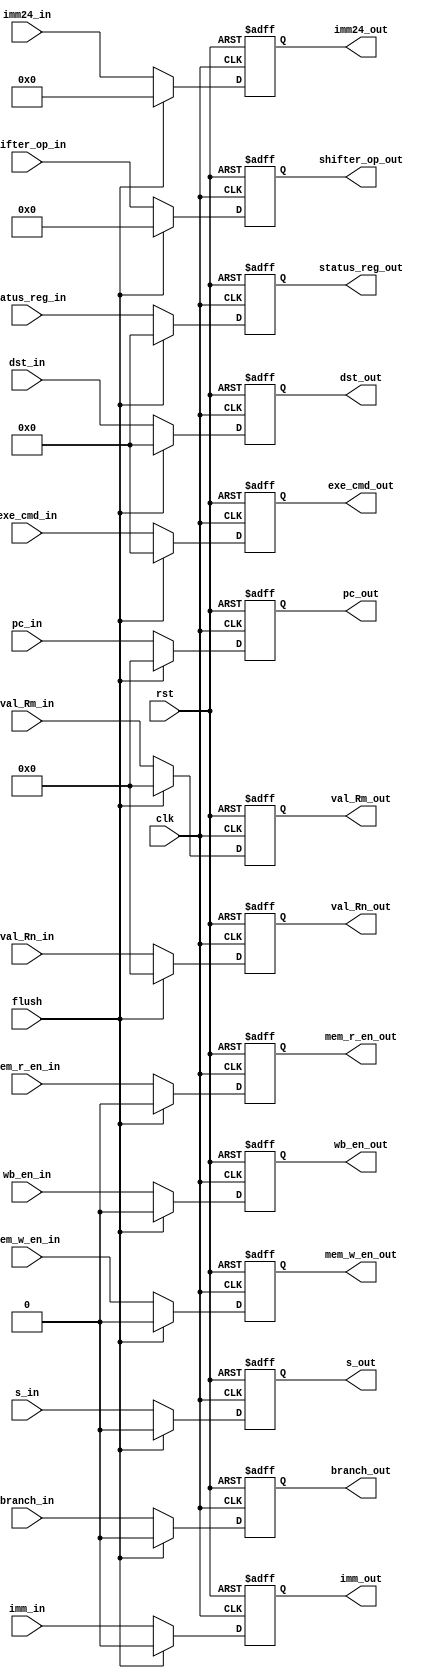
module ID_EXE_Reg(input clk, input rst,input flush,
input wb_en_in,input mem_r_en_in,input mem_w_en_in,input branch_in,input s_in,
input [3:0] exe_cmd_in,input [31:0]val_Rn_in,input [31:0]val_Rm_in,
input [31:0] pc_in,
input imm_in,input [23:0]imm24_in,input [11:0]shifter_op_in,
input [3:0] dst_in,input [3:0]status_reg_in,
output reg wb_en_out,output reg mem_r_en_out,output reg mem_w_en_out,output reg branch_out,output reg s_out,
output reg [3:0] exe_cmd_out,output reg [31:0]val_Rn_out,output reg [31:0]val_Rm_out,
output reg [31:0] pc_out,
output reg imm_out,output reg [23:0]imm24_out,output reg [11:0]shifter_op_out,
output reg [3:0] dst_out,output reg [3:0]status_reg_out);
	
	always@(posedge clk, posedge rst)
	begin
		if(rst)
		begin
			wb_en_out <= 1'b0;
      mem_r_en_out <= 1'b0;
      mem_w_en_out <= 1'b0;
      branch_out <= 1'b0;
      s_out <= 1'b0;
      exe_cmd_out <= 4'b0;
      val_Rn_out <= 32'b0;
      val_Rm_out <= 32'b0;
      pc_out <= 32'b0;
      imm_out <= 1'b0;
      imm24_out <= 24'b0;
      shifter_op_out <= 12'b0; 
      dst_out <= 4'b0;
      status_reg_out <= 4'b0;
		end
		else begin
      if(flush) begin
        wb_en_out <= 1'b0;
        mem_r_en_out <= 1'b0;
        mem_w_en_out <= 1'b0;
        branch_out <= 1'b0;
        s_out <= 1'b0;
        exe_cmd_out <= 4'b0;
        val_Rn_out <= 32'b0;
        val_Rm_out <= 32'b0;
        pc_out <= 32'b0;      
        imm_out <= 1'b0;
        imm24_out <= 24'b0;
        shifter_op_out <= 12'b0;       
        dst_out <= 4'b0;
        status_reg_out <= 4'b0;
      end 
      else begin
        wb_en_out <= wb_en_in;
        mem_r_en_out <= mem_r_en_in;
        mem_w_en_out <= mem_w_en_in;
        branch_out <= branch_in;
        s_out <= s_in;
        exe_cmd_out <= exe_cmd_in;
        val_Rn_out <= val_Rn_in;
        val_Rm_out <= val_Rm_in;
        pc_out <= pc_in;     
        imm_out <= imm_in;
        imm24_out <= imm24_in;
        shifter_op_out <= shifter_op_in;       
        dst_out <= dst_in;
        status_reg_out <= status_reg_in;
      end
		end
	end	
endmodule